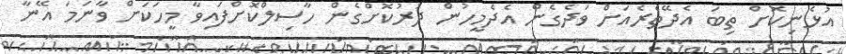
އުޅެނިކޮށް ތިބަަ އެދޭތެރެއަށް ވަދެގެން އެދެމީހުން ދުރުކޮށްގެން ހާސިލްކޮށްފައިވާ މީހަކަށް ވާނަމަ އޭނާ